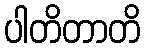
ပါတိတာတိ